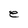
Character: e